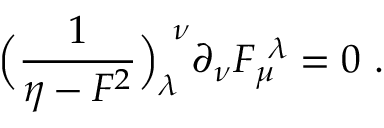
\Bigl ( { \frac { 1 } { \eta - F ^ { 2 } } } \Bigr ) _ { \lambda } ^ { \ \nu } \partial _ { \nu } F _ { \mu } ^ { \ \lambda } = 0 \ .